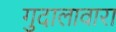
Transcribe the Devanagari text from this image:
गुदालावारा